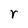
Character: r